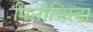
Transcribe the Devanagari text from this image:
पिनोप्सिडा